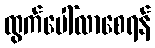
ထွက်ပေါ်လာစေရန်